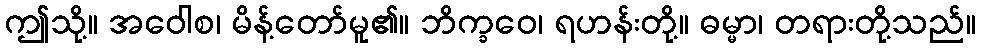
ဤသို့။ အဝေါစ၊ မိန့်တော်မူ၏။ ဘိက္ခဝေ၊ ရဟန်းတို့။ ဓမ္မာ၊ တရားတို့သည်။